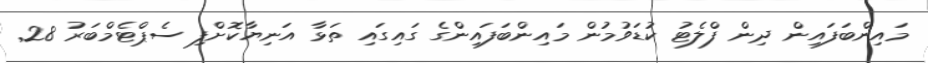
މައިންބަފައިން ދިން ފްލެޓު ކުޑަވުމުން މައިންބަފައިންގެ ގައިގައި ތަޅާ އަނިޔާކޮށްފި ސެޕްޓެމްބަރު 28